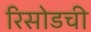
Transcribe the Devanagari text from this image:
रिसोडची